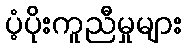
ပံ့ပိုးကူညီမှုများ